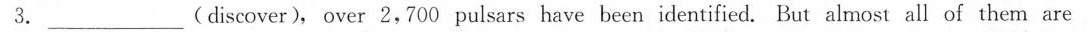
3.___ (discover), over 2,700 pulsars have been identified. But almost all of them are